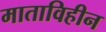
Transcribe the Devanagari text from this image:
माताविहीन